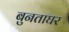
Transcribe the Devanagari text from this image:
बुनताघर